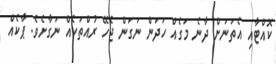
ކޮއްޓާއި އެތަނަށް ދާނެ މަގެއް ހަދަން ނަގަން ޖެހޭ ރުއްތަކެއް ނަގާށެވެ. ޕާކެއް